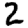
Digit: 2